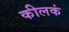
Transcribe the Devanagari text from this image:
कीलकं